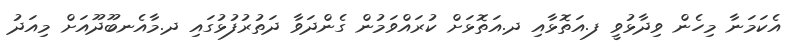
އެކަމަނާ މިހެން ވިދާޅުވީ ފ.އަތޮޅާއި ދ.އަތޮޅަށް ކުރައްވަމުން ގެންދަވާ ދަތުރުފުޅުގައި ދ.މާއެނބޫދޫއަށް މިއަދު